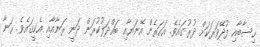
ހިސާބާއި ފުދޭވަރަކަށް ދުރުގައެވެ. އަހަރެން އޭނަޔާއި ބައްދަލުކުރަން ދަނީ ރަނާއާއި އެކީގައެވެ. ރަނާ